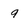
Character: 9